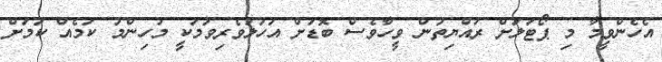
އެހެންވީމާ މި ޕޯޓަލަށް ރައްޔިތުން ވީހާވެސް ބޮޑަށް އަހުލުވެރިވުމަކީ މުހިންމު ކަމެއް ކަމަށް